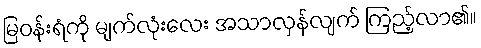
မြဝန်းရံကို မျက်လုံးလေး အသာလှန်လျက် ကြည့်လာ၏။